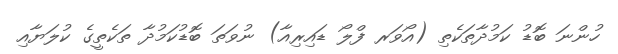
ހުންނަ ބޮޑު ކަމުދާތަކެތި (އޯވަރ ފްލޯ ޑައިރިއާ) ނުވަތަ ބޮޑުކަމުދާ ތަކެތީގެ ކުލަޔާއި